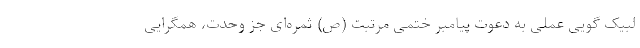
لبیک گویی عملی به دعوت پیامبر ختمی مرتبت‌ (ص) ثمره‌ای جز وحدت، همگرایی